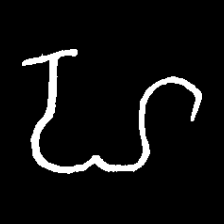
Pyu character \u2014 Myanmar letter: ဟ (romanized: ha)